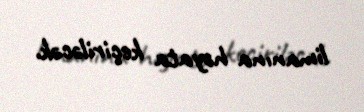
limanına həyata keçiriləcək.